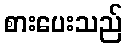
စားပေးသည်